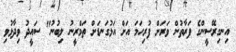
އިނގިރޭސީންގެ ފަރާތުން ވަރަށް ފުރިހަމަ އަށް އަޅުގަނޑަށް ތަމްރީނު ލިބުނު" ސައީދު ވިދާޅުވި